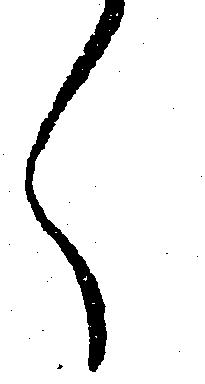
く